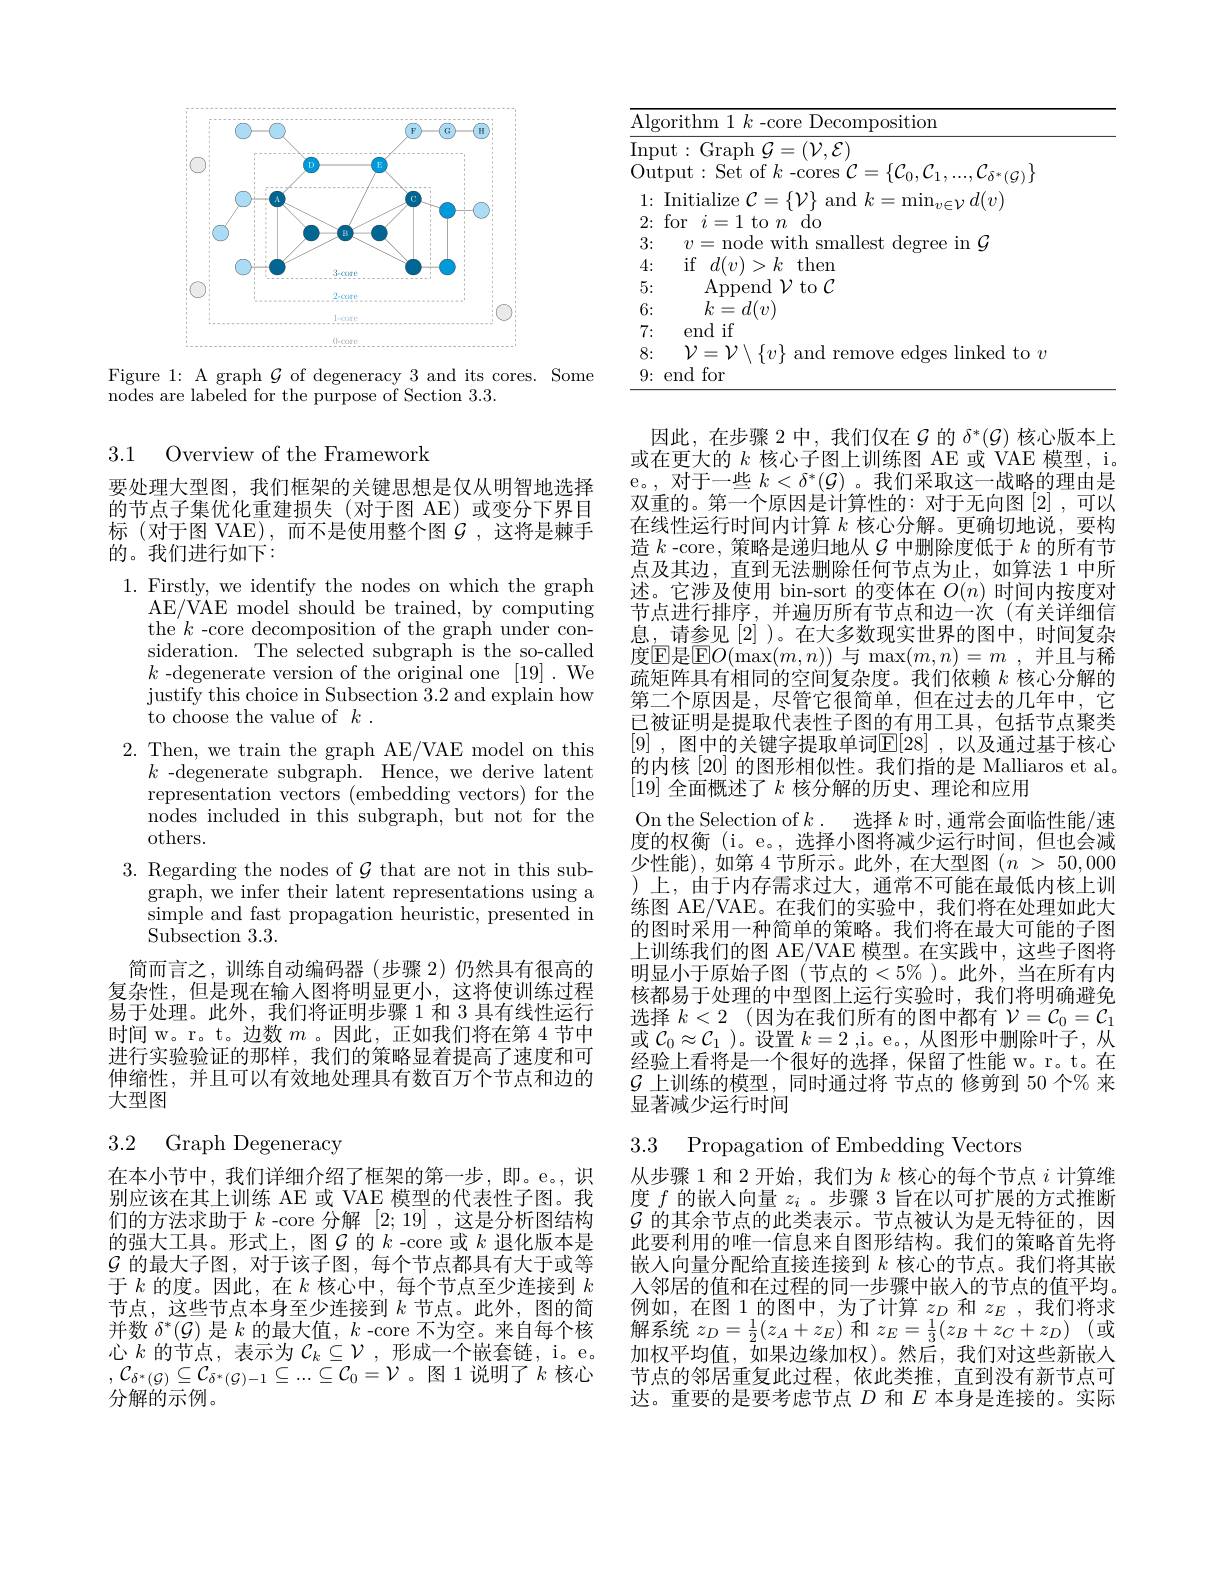
<FigureHere>

Figure 1: A graph $\mathcal{G}$ of degeneracy 3 and its cores. Some
nodes are labeled for the purpose of Section 3.3.

3.1 Overview of the Framework

要处理大型图，我们框架的关键思想是仅从明智地选择的节点子集优化重建损失(对于图 AE)或变分下界目标(对于图 VAE),而不是使用整个图$\mathcal{G}$ ,这将是棘手的。我们进行如下：

1. Firstly, we identify the nodes on which the graph
AE/VAE model should be trained, by computing the'$k$-core decomposition of the graph under consideration. The selected subgraph is the so-called $k$ -degenerate version of the original one [19]. We ${\mathrm{justify~this~choice~in~Subsection~}}{\mathrm{3.2~and~explain~how}}$ ${\mathrm{to~choose~the~value~of~}}k.$
2. Then, we train the graph AE/VAE model on this
$k$ -degenerate subgraph. Hence, we derive latent representation vectors (embedding vectors) for the nodes included in this subgraph, but not for the others.
3. Regarding the nodes of $\mathcal{G}$ that are not in this sub-
graph, we infer their latent representations using a simple and fast propagation heuristic, presented in $\operatorname{Subsection}3.3.$
简而言之，训练自动编码器(步骤 2)仍然具有很高的复杂性，但是现在输入图将明显更小，这将使训练过程易于处理。此外，我们将证明步骤 1 和 3 具有线性运行时间 w。r。t。边数$m$ 。因此，正如我们将在第 4 节中进行实验验证的那样，我们的策略显着提高了速度和可

伸缩性，并且可以有效地处理具有数百万个节点和边的
大型图

## 3.2 Graph Degeneracy

在本小节中，我们详细介绍了框架的第一步，即。e。,识别应该在其上训练 AE 或 VAE 模型的代表性子图。我们的方法求助于$k$ -core 分解[2;19] ,这是分析图结构的强大工具。形式上，图$\mathcal{G}$的$k$ -core 或$k$退化版本是$\mathcal{G}$的最大子图，对于该子图，每个节点都具有大于或等于$k$的度。因此，在$k$核心中，每个节点至少连接到$k$ 节点，这些节点本身至少连接到$k$节点。此外，图的简并数$\delta^*(\mathcal{G})$是$k$的最大值，$k$ -core 不为空。来自每个核心$k$的节点，表示为$\mathcal{C}_k\subseteq\mathcal{V}$,形成一个嵌套链，i。e。$,\mathcal{C}_{\delta^*(\mathcal{G})}\subseteq\mathcal{C}_{\delta^*(\mathcal{G})-1}\subseteq\ldots\subseteq\mathcal{C}_0=\mathcal{V}$。图 1说明了$k$核心分解的示例。

<table>
	<tbody>
		<tr>
			<td>$\overline{\mathrm{Alg}}$</td>
			<td>orithm 1 $k$ -core Decomposition</td>
		</tr>
		<tr>
			<td>$\operatorname*{Inp}$ $Ou$ 1 1 1 1 1 1 </td>
			<td>ut:Graph$\mathcal{G}=(\mathcal{V},\mathcal{E})$ put: Set of $k$ -cores $\mathcal{C}=\{\mathcal{C}_0,\mathcal{C}_1,...,\mathcal{C}_{\delta^{*}(\mathcal{C})}\}$</td>
		</tr>
		<tr>
			<td>1: </td>
			<td>$\operatorname{Initialize}\mathcal{C}=\{\mathcal{V}\}$ and $k=\operatorname*{min}_v\in\mathcal{V}d(v)$</td>
		</tr>
		<tr>
			<td>3:</td>
			<td>$W1th$ malloct degree $^{1}$University of Michigan, Ann Arbor in $G$ 71 1</td>
		</tr>
		<tr>
			<td>4:</td>
			<td>$\textbf{if}$ $d( v) >$ $k$ ; then</td>
		</tr>
		<tr>
			<td>5:</td>
			<td>$\operatorname{Append}\mathcal{V}$to$\mathcal{C}$</td>
		</tr>
		<tr>
			<td>6:</td>
			<td>$k=d(v)$</td>
		</tr>
		<tr>
			<td>7: T</td>
			<td>end if</td>
		</tr>
		<tr>
			<td>8:</td>
			<td>$\{\eta\}$ and fops $\operatorname{linked}$to$v$ remo</td>
		</tr>
		<tr>
			<td>9:</td>
			<td>end lfor</td>
		</tr>
	</tbody>
</table>

因此，在步骤 2 中，我们仅在$\mathcal{G}$的$\delta^*(\mathcal{G})$核心版本上或在更大的$k$核心子图上训练图 AE 或 VAE 模型，i。e。, 对 于 一 些 $k< \delta ^* ( \mathcal{G} )$。我们采取这一战略的理由是双重的。第一个原因是计算性的：对于无向图[2],可以在线性运行时间内计算$k$核心分解。更确切地说，要构造$k$ -core, 策略是递归地从$\mathcal{G}$中删除度低于$k$的所有节点及其边，直到无法删除任何节点为止，如算法 1 中所述。它涉及使用 bin-sort 的变体在$O(n)$时间内按度对节点进行排序，并遍历所有节点和边一次(有关详细信息，请参见[2] )。在大多数现实世界的图中，时间复杂度$\operatorname{E}$是$\operatorname{E}O(\operatorname*{max}(m,n))$ 与 $\operatorname*{max}(m,n)=m$ ,并且与稀疏矩阵具有相同的空间复杂度。我们依赖$k$核心分解的第二个原因是，尽管它很简单，但在过去的几年中，它已被证明是提取代表性子图的有用工具，包括节点聚类[9] ,图中的关键字提取单词$\mathbb{E}[28]$ ,以及通过基于核心的内核[20] 的图形相似性。我们指的是 Malliaros et al. [19]全面概述了$k$核分解的历史、理论和应用
On the Selection of $k.$ 选择 $k$ 时，通常会面临性能/速度的权衡 (i。e。,选择小图将减少运行时间，但也会减少性能),如第 4 节所示。此外，在大型图($n>50,000$ )上，由于内存需求过大，通常不可能在最低内核上训练图 AE/VAE。在我们的实验中，我们将在处理如此大的图时采用一种简单的策略。我们将在最大可能的子图上训练我们的图 AE/VAE 模型。在实践中，这些子图将明显小于原始子图(节点的$<5\%$)。此外，当在所有内核都易于处理的中型图上运行实验时，我们将明确避免选择$k<2$ (因为在我们所有的图中都有$\mathcal{V}=\mathcal{C}_0=\mathcal{C}_1$ 或$\mathcal{C}_0\approx\mathcal{C}_1$ )。设置$k=2$ ,i。e。,从图形中删除叶子，从经验上看将是一个很好的选择，保留了性能 w。r。t。在$\mathcal{G}$上训练的模型，同时通过将 节点的 修剪到 50 个% 来显著减少运行时间

3.3 Propagation of Embedding Vectors

从步骤 1 和 2 开始，我们为$k$核心的每个节点$i$计算维度$f$的嵌入向量$z_i$ 。步骤 3 旨在以可扩展的方式推断$\mathcal{G}$的其余节点的此类表示。节点被认为是无特征的，因此要利用的唯一信息来自图形结构。我们的策略首先将嵌人向量分配给直接连接到$k$核心的节点。我们将其嵌人邻居的值和在过程的同一步骤中嵌入的节点的值平均。例如，在图 1 的图中，为了计算$z_D$和$z_E$,我们将求解系统$z_D=\frac12(z_A+z_E)$和$z_E=\frac13(z_B+z_C+z_D)$ (或加权平均值，如果边缘加权)。然后，我们对这些新嵌人节点的邻居重复此过程，依此类推，直到没有新节点可达。重要的是要考虑节点$D$和$E$本身是连接的。实际